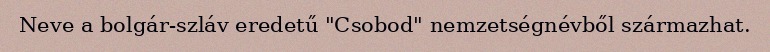
Neve a bolgár-szláv eredetű "Csobod" nemzetségnévből származhat.